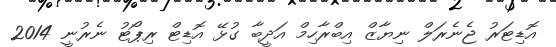
އޮޑިޓަރު ޖެނެރަލް ނިޔާޒް އިބްރާހިމް އަދީބާ ގުޅޭ އޮޑިޓް ރިޕޯޓު ނެރުނީ 2014